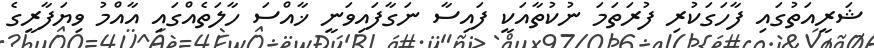
ޝަރީއަތުގައި ފާހަގަކުރި ފުރަތަމަ ނުކުތާއަކީ ފައިސާ ނަގާފައިވަނީ ޚާއްސަ ހާލަތެއްގައި އާއްމު ވިޔަފާރީގެ